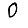
Digit: 0